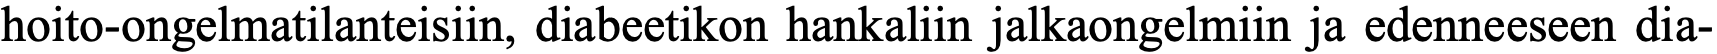
hoito-ongelmatilanteisiin, diabeetikon hankaliin jalkaongelmiin ja edenneeseen dia-